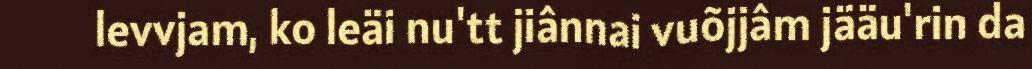
levvjam, ko leäi nu'tt jiânnai vuõjjâm jääu'rin da